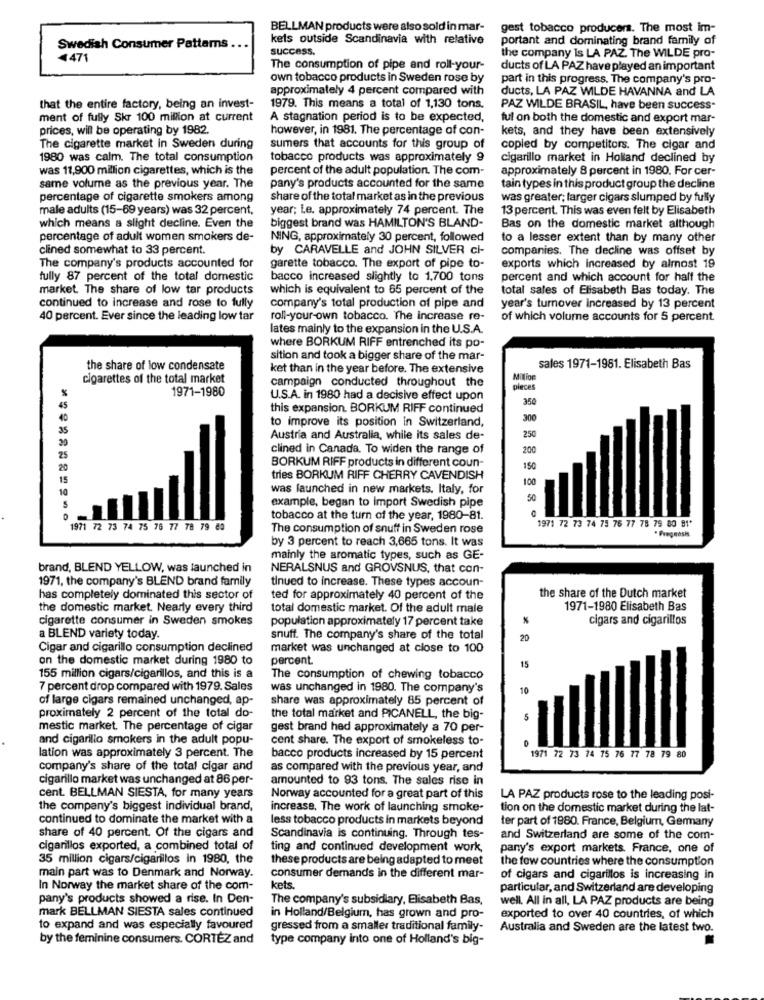
BELLMAN products were also sold in mar-
gest tobacco producers. The most im-
kets outside Scandinavia with relative
portant and dominating brand family of
Swedish Consumer Pattams .
success.
4471
the company Is LA PAZ The WILDE pro-
The consumption of pipe and roll-your-
ducts of LA PAZ have played an important
own tobacco products in Sweden rose by
part in this progress. The company's pro-
approximately 4 percent compared with
ducts, LA PAZ WILDE HAVANNA and LA
that the entire factory, being an invest-
1979. This means a total of 1,130 tons.
PAZ WILDE BRASIL, have been success"
ment of fully Skr 100 million at current
A stagnation period is to be expected,
ful on both the domestic and export mar-
prices, will be operating by 1982.
however, in 1981. The percentage of con-
kets, and they have been extensively
The cigarette market in Sweden during
sumers that accounts for this group of
copied by competitors. The cigar and
1980 was calm. The total consumption
tobacco products was approximately 9
cigarillo market in Holland declined by
was 11,900 million cigarettes, which is the
percent of the adult population. The com-
approximately 8 percent in 1980. For cer-
same volume as the previous year. The
pany's products accounted for the same
tain types in this product group the decline
percentage of cigarette smokers among
share of the total market as in the previous
was greater; larger cigars slumped by fully
male adults (15-69 years) was 32 percent,
year; Le. approximately 74 percent. The
13 percent. This was even felt by Elisabeth
which means a slight decline. Even the
biggest brand was HAMILTON'S BLAND-
Bas on the domestic market although
percentage of adult women smokers de-
NING, approximately 30 percent, followed
to a lesser extent than by many other
clined somewhat to 33 percent.
by CARAVELLE and JOHN SILVER ci-
companies. The decline was offset by
The company's products accounted for
garette tobacco. The export of pipe to-
exports which increased by almost 19
fully 87 percent of the total domestic
bacco increased slightly to 1,700 tons
percent and which account for half the
market. The share of low tar products
which is equivalent to 65 percent of the
total sales of Elisabeth Bas today. The
continued to increase and rose to fully
company's total production of pipe and
year's turnover increased by 13 percent
40 percent. Ever since the leading low tar
roll-your-own tobacco. The increase re-
of which volume accounts for 5 percent
lates mainly to the expansion in the U.S.A.
where BORKUM RIFF entrenched its po-
sition and took a bigger share of the mar-
the share of low condensate
ket than in the year before. The extensive
sales 1971-1981. Elisabeth Bas
cigarettes of the total market
campaign conducted throughout the
Million
1971-1980
pieces
U.S.A. in 1980 had a decisive effect upon
35
this expansion. BORKUM RIFF continued
40
to improve its position in Switzerland,
300
Austria and Australia, while its sales de-
250
clined in Canada. To widen the range of
200
BORKUM RIFF products in different coun-
ISC
tries BORKUM RIFF CHERRY CAVENDISH
100
was launched in new markets. Italy, for
50
example, began to Import Swedish pipe
tobacco at the turn of the year, 1980-81.
1971 72 73 74 75 76 77 78 79 80 81*
72 73 74 75 76 77 78 79 80
The consumption of snuff in Sweden rose
* Prognosis
by 3 percent to reach 3,665 tons. It was
mainly the aromatic types, such as GE-
brand, BLEND YELLOW, was launched in
NERALSNUS and GROVSNUS, that con-
1971, the company's BLEND brand family
tinued to increase. These types accoun-
has completely dominated this sector of
ted for approximately 40 percent of the
the share of the Dutch market
the domestic market. Nearly every third
total domestic market. Of the adult male
1971-1980 Elisabeth Bas
cigarette consumer in Sweden smokes
population approximately 17 percent take
cigars and cigarillos
a BLEND variety today.
snuff. The company's share of the total
20
Cigar and cigarillo consumption declined
market was unchanged at close to 100
on the domestic market during 1980 to
percent.
15
155 million cigars/cigarillos, and this is a
The consumption of chewing tobacco
7 percent drop compared with 1979. Sales
was unchanged in 1980. The company's
10
of large cigars remained unchanged, ap-
share was approximately 85 percent of
proximately 2 percent of the total do-
the total market and PICANELL, the big-
5
mestic market. The percentage of cigar
gest brand hed approximately a 70 per-
and cigarillo smokers in the adult popu-
cent share. The export of smokeless to-
lation was approximately 3 percent. The
bacco products increased by 15 percent
1971 72 73 74 75 76 77 78 79 80
company's share of the total cigar and
as compared with the previous year, and
cigarillo market was unchanged at 86 per-
amounted to 93 tons. The sales rise in
cent. BELLMAN SIESTA, for many years
Norway accounted for a great part of this
LA PAZ products rose to the leading posi-
the company's biggest individual brand,
increase. The work of launching smoke-
tion on the domestic market during the lat-
continued to dominate the market with a
less tobacco products in markets beyond
ter part of 1980. France, Belgium, Germany
share of 40 percent. Of the cigars and
Scandinavia is continuing. Through tes-
and Switzerland are some of the com-
cigarillos exported, a combined total of
ting and continued development work,
pany's export markets. France, one of
35 million cigars/cigarillos in 1980, the
these products are being adapted to meet
the few countries where the consumption
main part was to Denmark and Norway.
consumer demands in the different mar-
of cigars and cigarillos is increasing in
In Norway the market share of the com-
kets.
particular, and Switzerland are developing
pany's products showed a rise. In Den-
The company's subsidiary, Elisabeth Bas,
well. All in all, LA PAZ products are being
mark BELLMAN SIESTA sales continued
in Holland/Belgium, has grown and pro-
exported to over 40 countries, of which
to expand and was especially favoured
gressed from a smaller traditional family-
Australia and Sweden are the latest two.
by the feminine consumers. CORTEZ and
type company into one of Holland's big-